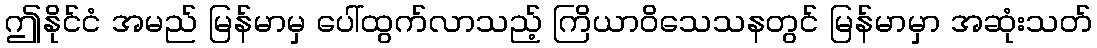
ဤနိုင်ငံ အမည် မြန်မာမှ ပေါ်ထွက်လာသည့် ကြိယာဝိသေသနတွင် မြန်မာမှာ အဆုံးသတ်